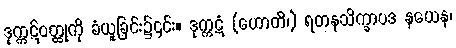
ဒုက္ကဋ်ဝတ္ထုကို ခံယူခြင်း၌၎င်း။ ဒုက္ကဋံ (ဟောတိ၊) ရတနသိက္ခာပဒ နယေန၊